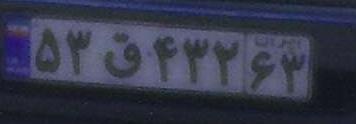
۵۳ق۴۳۲۶۳